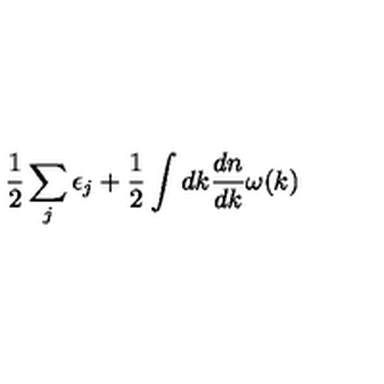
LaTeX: \frac { 1 } { 2 } \sum _ { j } \epsilon _ { j } + \frac { 1 } { 2 } \int d k \frac { d n } { d k } \omega ( k )